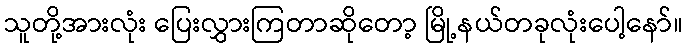
သူတို့အားလုံး ပြေးလွှားကြတာဆိုတော့ မြို့နယ်တခုလုံးပေါ့နော်။